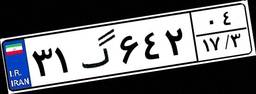
۳۱گ۶۴۲۰۴